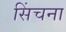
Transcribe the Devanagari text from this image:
सिंचना